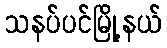
သနပ်ပင်မြို့နယ်